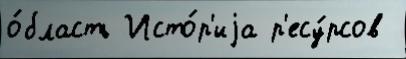
о́бласть Исто́р'иjа р'есу́рсов